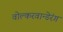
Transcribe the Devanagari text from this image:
वोल्करवान्डेरंग